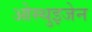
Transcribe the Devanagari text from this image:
ओस्थुइजेन